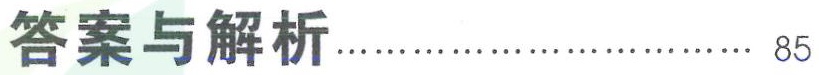
答案与解析........................ 85